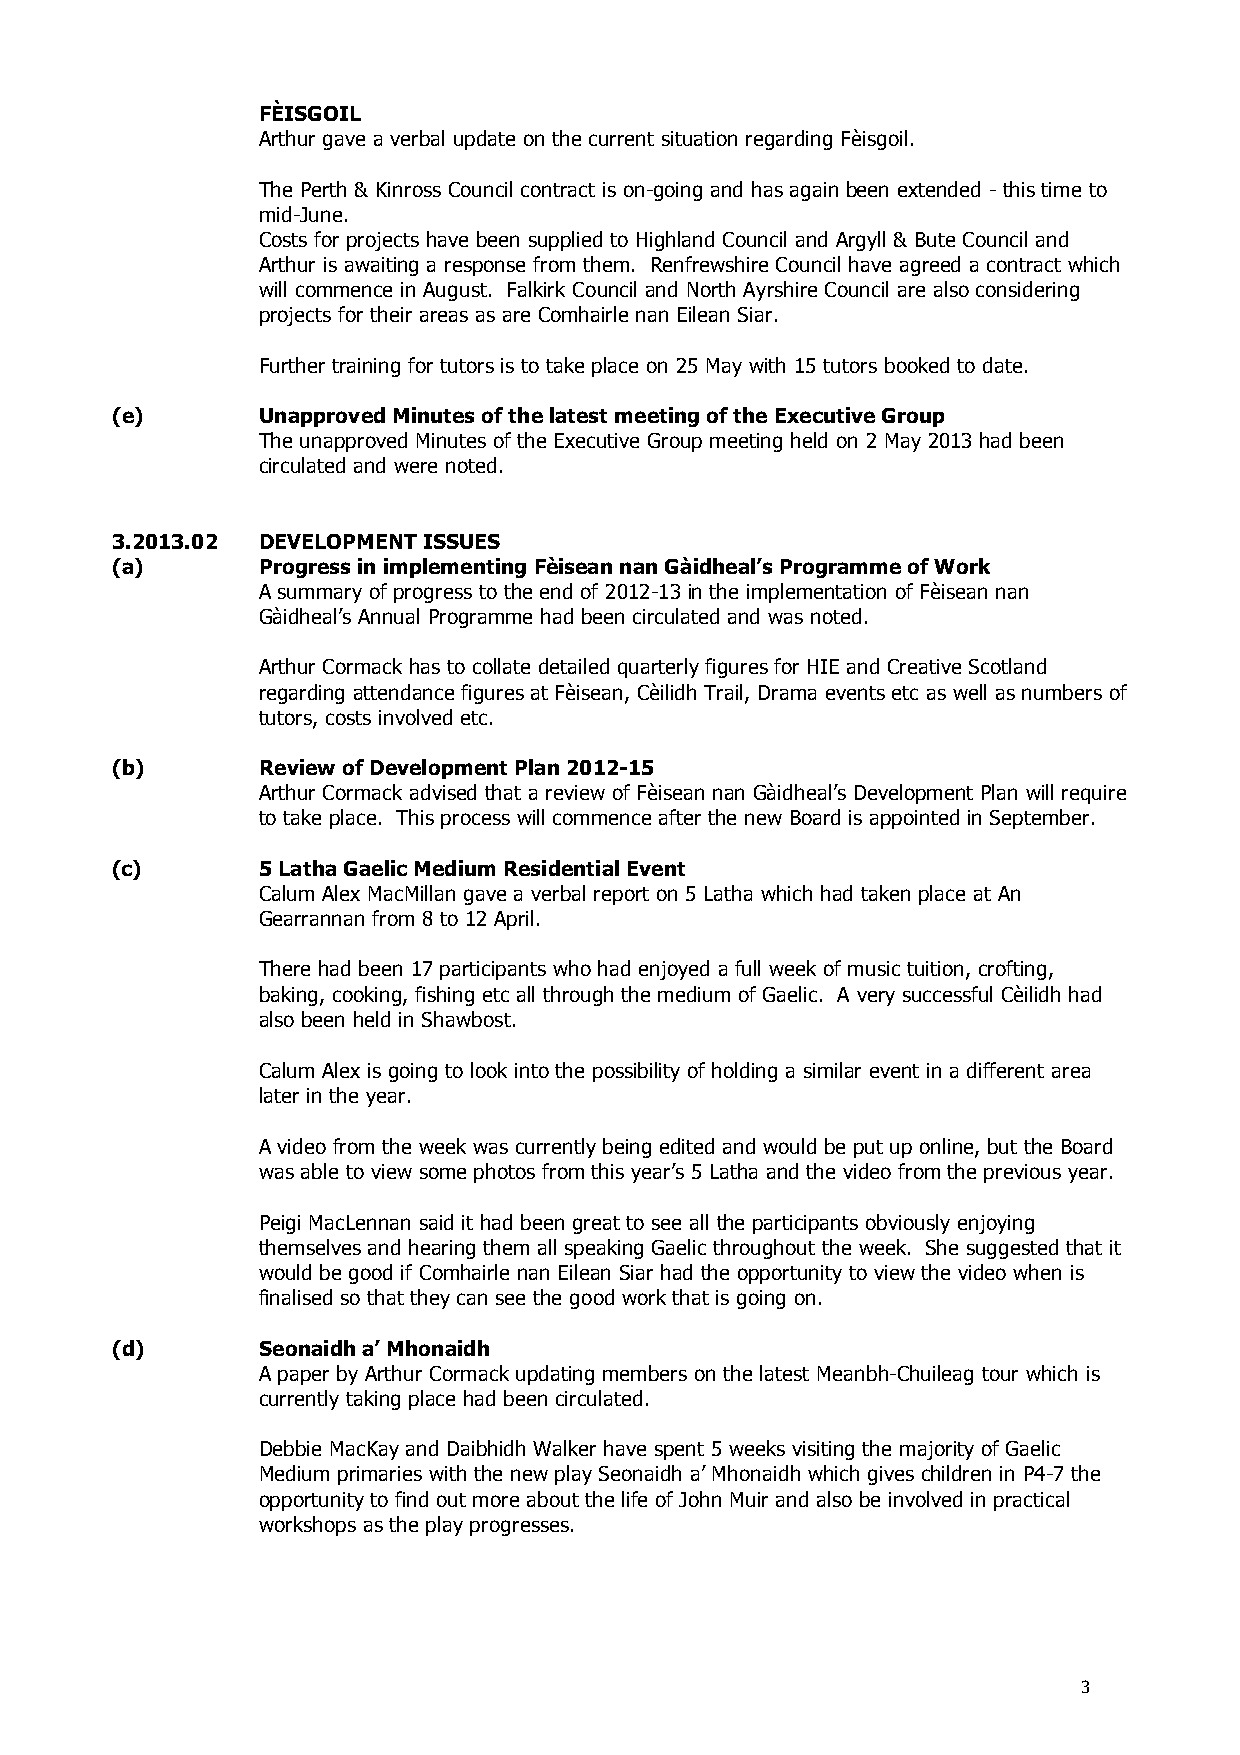
FÈISGOIL
 Arthur gave a verbal update on the current situation regarding Fèisgoil.
 The Perth & Kinross Council contract is on-going and has again been extended - this time to
 mid-June.
 Costs for projects have been supplied to Highland Council and Argyll & Bute Council and
 Arthur is awaiting a response from them. Renfrewshire Council have agreed a contract which
 will commence in August. Falkirk Council and North Ayrshire Council are also considering
 projects for their areas as are Comhairle nan Eilean Siar.
 Further training for tutors is to take place on 25 May with 15 tutors booked to date.
 (e)       Unapproved Minutes of the latest meeting of the Executive Group
 The unapproved Minutes of the Executive Group meeting held on 2 May 2013 had been
 circulated and were noted.
 3.2013.02 DEVELOPMENT ISSUES
 (a)       Progress in implementing Fèisean nan Gàidheal’s Programme of Work
 A summary of progress to the end of 2012-13 in the implementation of Fèisean nan
 Gàidheal’s Annual Programme had been circulated and was noted.
 Arthur Cormack has to collate detailed quarterly figures for HIE and Creative Scotland
 regarding attendance figures at Fèisean, Cèilidh Trail, Drama events etc as well as numbers of
 tutors, costs involved etc.
 (b)       Review of Development Plan 2012-15
 Arthur Cormack advised that a review of Fèisean nan Gàidheal’s Development Plan will require
 to take place. This process will commence after the new Board is appointed in September.
 (c)       5 Latha Gaelic Medium Residential Event
 Calum Alex MacMillan gave a verbal report on 5 Latha which had taken place at An
 Gearrannan from 8 to 12 April.
 There had been 17 participants who had enjoyed a full week of music tuition, crofting,
 baking, cooking, fishing etc all through the medium of Gaelic. A very successful Cèilidh had
 also been held in Shawbost.
 Calum Alex is going to look into the possibility of holding a similar event in a different area
 later in the year.
 A video from the week was currently being edited and would be put up online, but the Board
 was able to view some photos from this year’s 5 Latha and the video from the previous year.
 Peigi MacLennan said it had been great to see all the participants obviously enjoying
 themselves and hearing them all speaking Gaelic throughout the week. She suggested that it
 would be good if Comhairle nan Eilean Siar had the opportunity to view the video when is
 finalised so that they can see the good work that is going on.
 (d)       Seonaidh a’ Mhonaidh
 A paper by Arthur Cormack updating members on the latest Meanbh-Chuileag tour which is
 currently taking place had been circulated.
 Debbie MacKay and Daibhidh Walker have spent 5 weeks visiting the majority of Gaelic
 Medium primaries with the new play Seonaidh a’ Mhonaidh which gives children in P4-7 the
 opportunity to find out more about the life of John Muir and also be involved in practical
 workshops as the play progresses.
 3